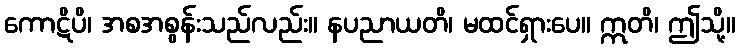
ကောဋိပိ၊ အစအစွန်းသည်လည်း။ နပညာယတိ၊ မထင်ရှားပေ။ ဣတိ၊ ဤသို့။